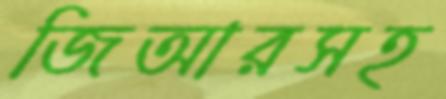
জিআরসহ